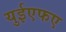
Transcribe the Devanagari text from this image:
युईएफए